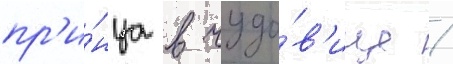
пр'и́нца в чудо́в'ище /